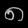
Digit: ၈